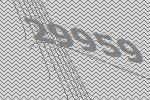
29959